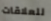
للعلاقات